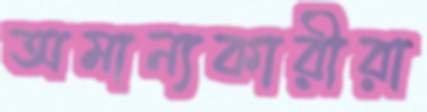
অমান্যকারীরা